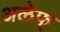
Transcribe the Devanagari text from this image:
अलेफ्